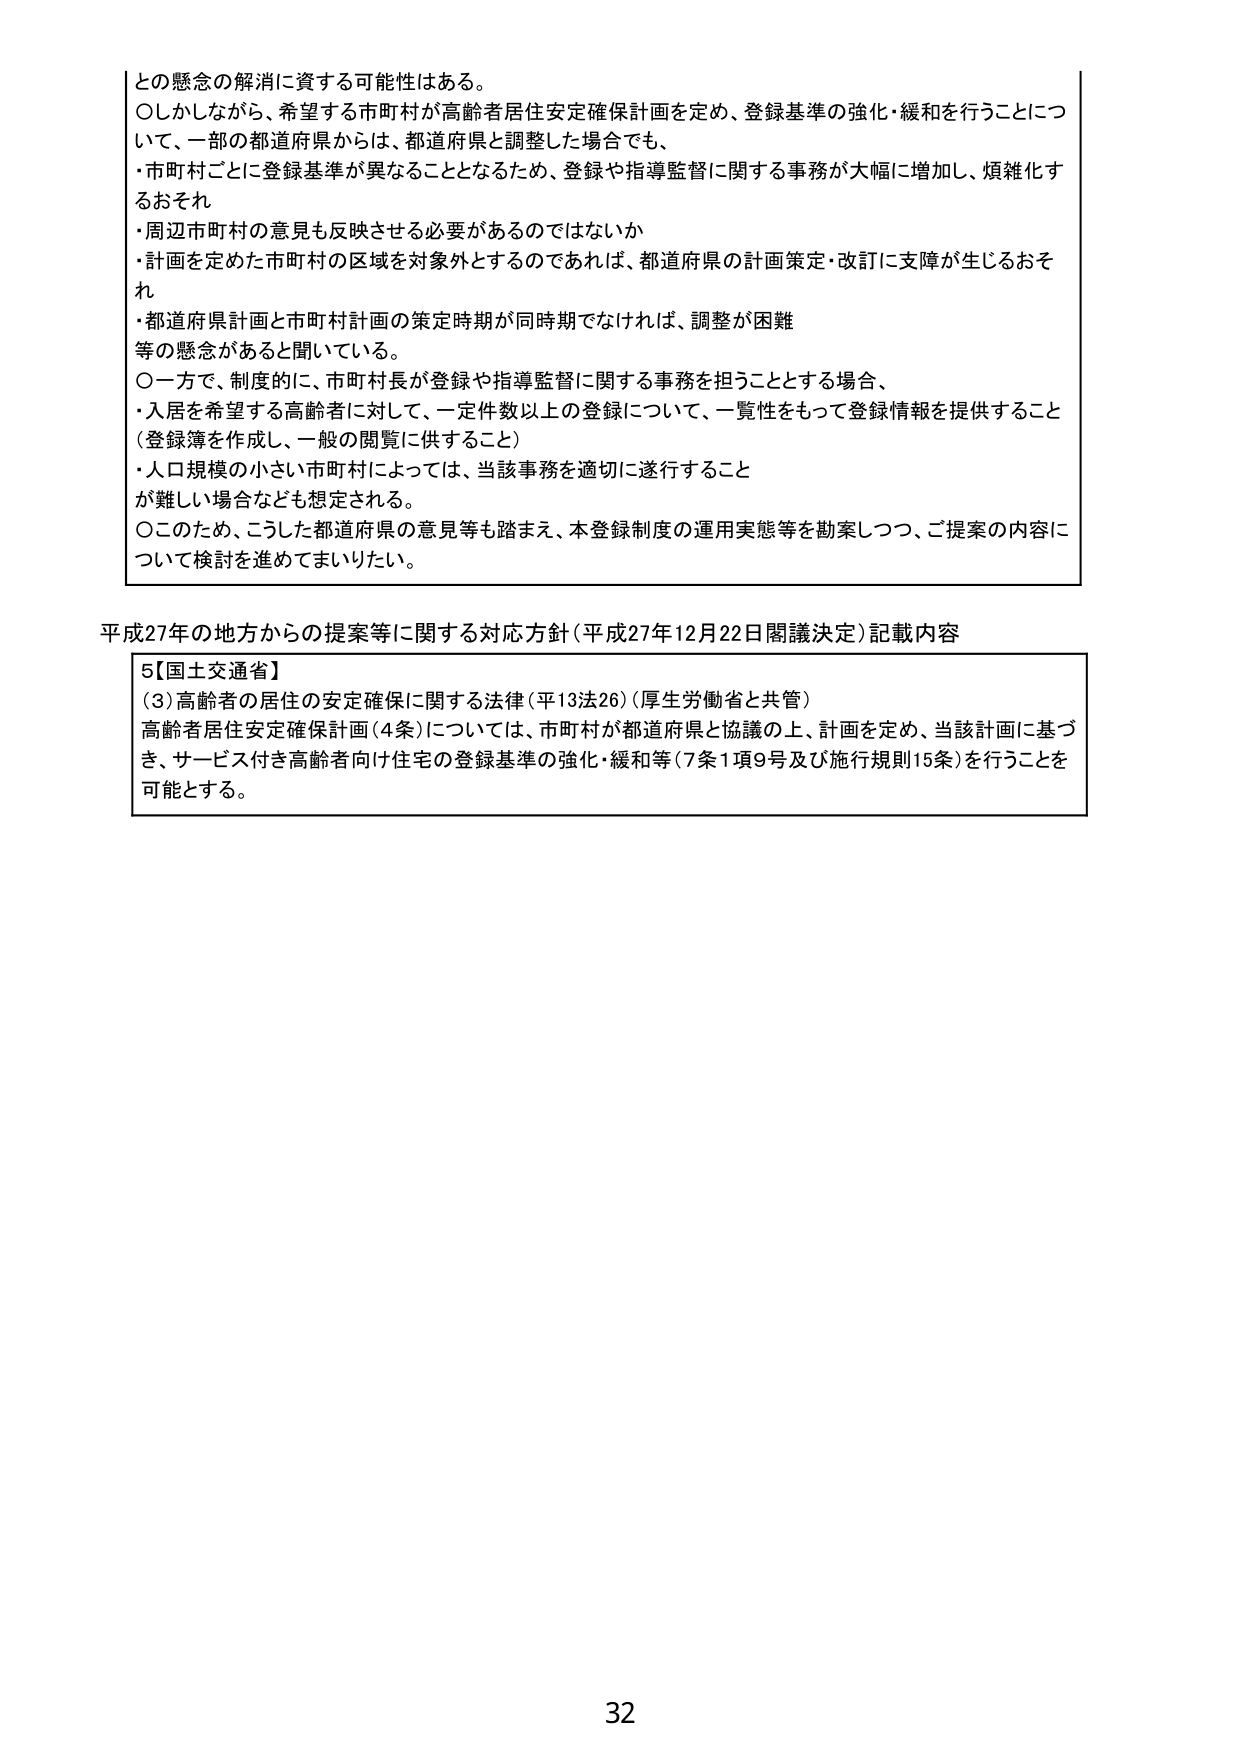
との懸念の解消に資する可能性はある。
○しかしながら、希望する市町村が高齢者居住安定確保計画を定め、登録基準の強化・緩和を行うことにつ
いて、一部の都道府県からは、都道府県と調整した場合でも、
・市町村ごとに登録基準が異なることとなるため、登録や指導監督に関する事務が大幅に増加し、煩雑化す
るおそれ
・周辺市町村の意見も反映させる必要があるのではないか
・計画を定めた市町村の区域を対象外とするのであれば、都道府県の計画策定・改訂に支障が生じるおそ
れ
・都道府県計画と市町村計画の策定時期が同時期でなければ、調整が困難
等の懸念があると聞いている。
○一方で、制度的に、市町村長が登録や指導監督に関する事務を担うこととする場合、
・入居を希望する高齢者に対して、一定件数以上の登録について、一覧性をもって登録情報を提供すること
（登録簿を作成し、一般の閲覧に供すること）
・人口規模の小さい市町村によっては、当該事務を適切に遂行すること
が難しい場合なども想定される。
○このため、こうした都道府県の意見等も踏まえ、本登録制度の運用実態等を勘案しつつ、ご提案の内容に
ついて検討を進めてまいりたい。

平成27年の地方からの提案等に関する対応方針（平成27年12月22日閣議決定）記載内容
5【国土交通省】
（3）高齢者の居住の安定確保に関する法律（平13法26）（厚生労働省と共管）
高齢者居住安定確保計画（4条）については、市町村が都道府県と協議の上、計画を定め、当該計画に基づ
き、サービス付き高齢者向け住宅の登録基準の強化・緩和等（7条1項9号及び施行規則15条）を行うことを
可能とする。

32